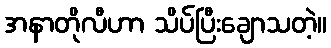
အနာတိုလီဟာ သိပ်ပြီးချောသတဲ့။